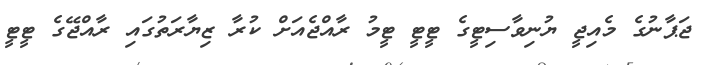
ޖަޕާނުގެ މެއިޖީ ޔުނިވާސިޓީގެ ޓީޓީ ޓީމު ރާއްޖެއަށް ކުރާ ޒިޔާރަތުގައި ރާއްޖޭގެ ޓީޓީ